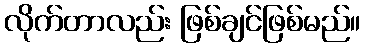
လိုက်တာလည်း ဖြစ်ချင်ဖြစ်မည်။